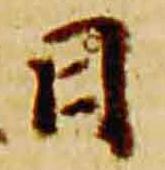
日